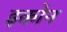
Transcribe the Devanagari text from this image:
इकोन